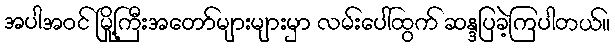
အပါအဝင် မြို့ကြီးအတော်များများမှာ လမ်းပေါ်ထွက် ဆန္ဒပြခဲ့ကြပါတယ်။